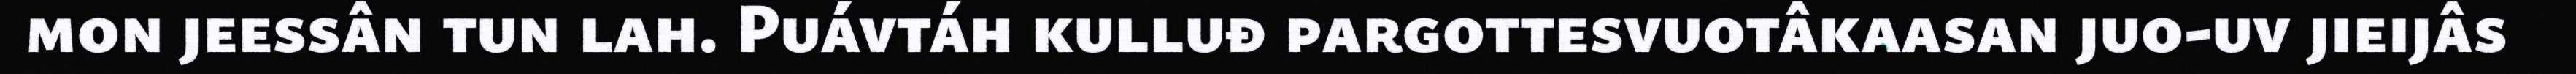
mon jeessân tun lah. Puávtáh kulluđ pargottesvuotâkaasan juo-uv jieijâs